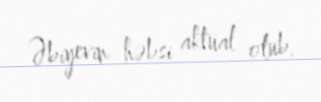
Əbiyevin həbsi aktual olub.